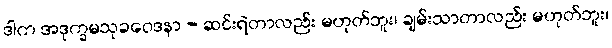
ဒါက အဒုက္ခမသုခဝေဒနာ - ဆင်းရဲတာလည်း မဟုတ်ဘူး၊ ချမ်းသာတာလည်း မဟုတ်ဘူး၊